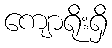
ကျောရိုးရှိ